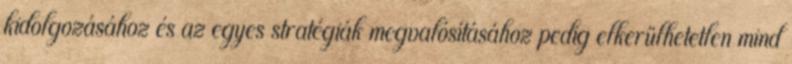
kidolgozásához és az egyes stratégiák megvalósításához pedig elkerülhetetlen mind